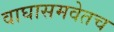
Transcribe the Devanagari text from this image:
वाघासमवेतच